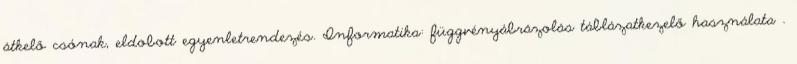
átkelő csónak, eldobott egyenletrendezés. Informatika: függvényábrázolás táblázatkezelő használata .